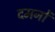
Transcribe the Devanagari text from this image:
दमनों